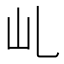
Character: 乢